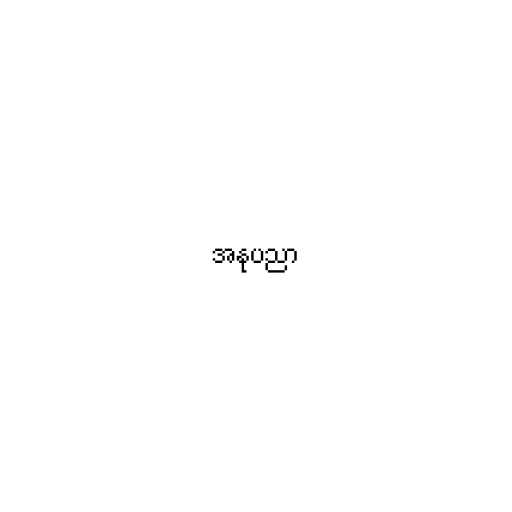
အနုပညာ